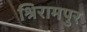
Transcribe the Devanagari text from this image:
श्रिरामपुर